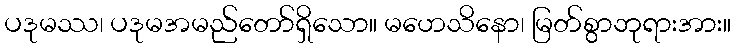
ပဒုမဿ၊ ပဒုမအမည်တော်ရှိသော။ မဟေသိနော၊ မြတ်စွာဘုရားအား။